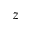
z